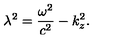
\lambda ^ { 2 } = \frac { \omega ^ { 2 } } { c ^ { 2 } } - k _ { z } ^ { 2 } { . }